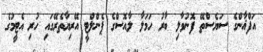
އަފްޣާންގެ ސަޔެސްތޭ ފޮނުވާލި ބާރު ހަމަލާ ލާއޮސްގެ ޕެންލްޓީ އޭރިޔާތެރޭގައި ހުރި އެޓީމުގެ